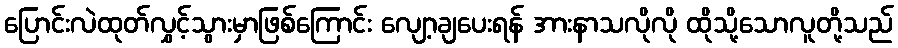
ပြောင်းလဲထုတ်လွှင့်သွားမှာဖြစ်ကြောင်း လျော့ချပေးရန် အားနာသလိုလို ထိုသို့သောလူတို့သည်